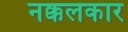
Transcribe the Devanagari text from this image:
नक्कलकार